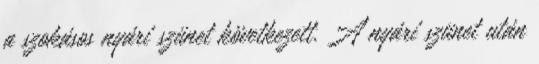
a szokásos nyári szünet következett. A nyári szünet után